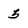
Character: 5